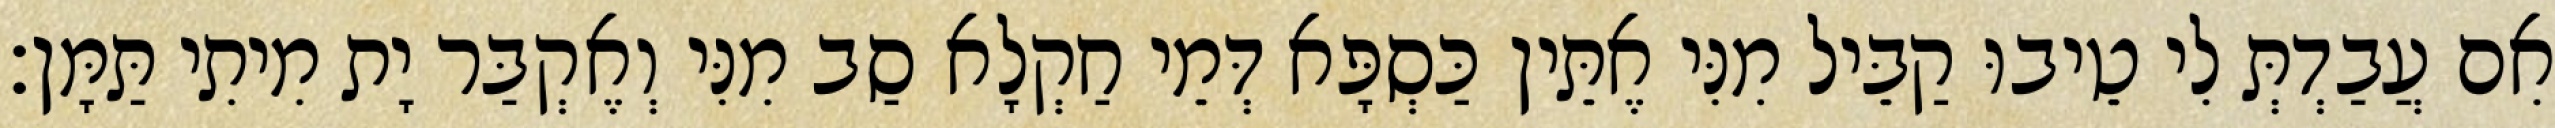
אִם עֲבַדְתְּ לִי טֵיבוּ קַבֵּיל מִנִּי אֶתֵּין כַּסְפָּא דְּמֵי חַקְלָא סַב מִנִּי וְאֶקְבַּר יָת מִיתִי תַּמָּן׃